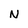
Character: N